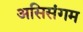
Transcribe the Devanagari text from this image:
असिसंगम